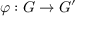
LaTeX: \varphi : G \to G ^ { \prime }